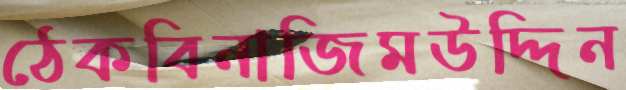
ঠেকবিনাজিমউদ্দিন